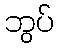
ဘွပ်